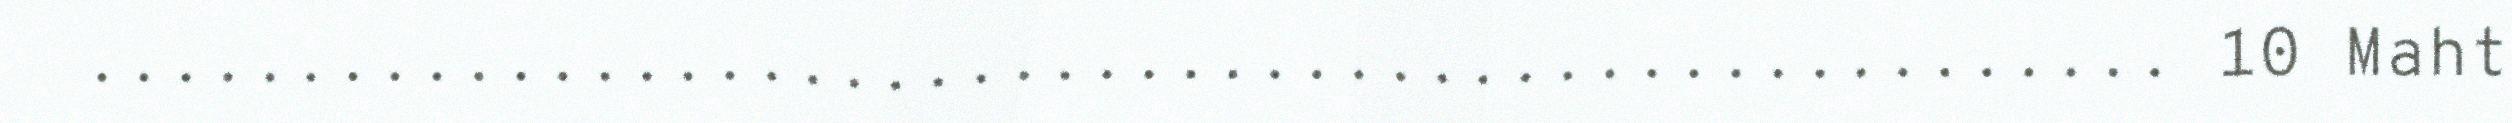
.................................................. 10 Maht